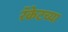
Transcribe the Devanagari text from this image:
रॅकेटच्या